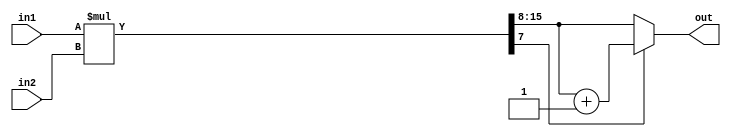
module fixedpoint(
	input [7:0] in1,// integer[7:5], decimal[4:0]
	input [7:0] in2,// integer[7:5], decimal[4:0]
	output reg [7:0] out// integer[7:2], decimal[1:0]
);
wire [15:0] all_out;
assign all_out = in1*in2;

always@(*)begin
	if(all_out[7])
		out = all_out[15:8] + 8'd1;
	else
		out = all_out[15:8];	
end



endmodule